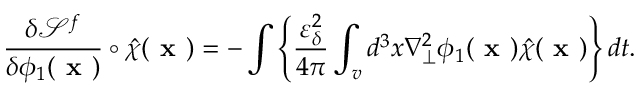
\frac { \delta \mathcal { S } ^ { f } } { \delta \phi _ { 1 } ( \textbf { x } ) } \circ \hat { \chi } ( \textbf { x } ) = - \int \left\{ \frac { \varepsilon _ { \delta } ^ { 2 } } { 4 \pi } \int _ { v } d ^ { 3 } x \nabla _ { \perp } ^ { 2 } \phi _ { 1 } ( \textbf { x } ) \hat { \chi } ( \textbf { x } ) \right\} d t .